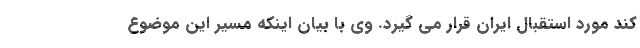
کند مورد استقبال ایران قرار می گیرد. وی با بیان اینکه مسیر این موضوع